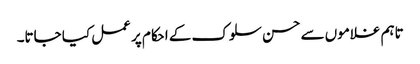
تاہم غلاموں سے حسن سلوک کے احکام پر عمل کیا جاتا۔